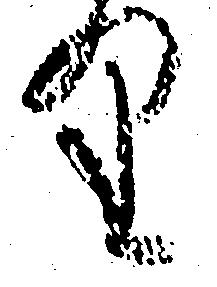
り